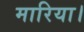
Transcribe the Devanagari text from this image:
मारिया।